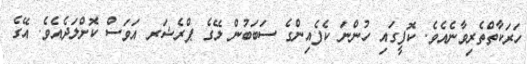
ހަރަކާތްތެރިވާނެއެވެ. ކޮފީގައި ހުންނަ ކެފެއިންގެ ސަބަބުން ލޭގެ ޕްރެޝަރ އަވަސް ކޮށްލަދެއެވެ. އޭގެ